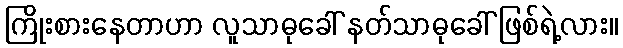
ကြိုးစားနေတာဟာ လူသာဓုခေါ် နတ်သာဓုခေါ် ဖြစ်ရဲ့လား။